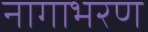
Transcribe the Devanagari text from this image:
नागाभरण